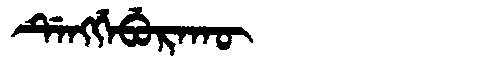
Manchu: ᡩᡝᠩᡤᡝᠪᡠᡵᠠᡴᡡ
Romanization: DENGGEBURAKŪ